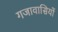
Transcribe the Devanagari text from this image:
गजावासियों